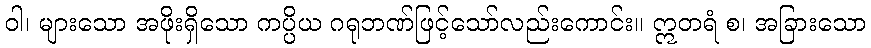
ဝါ၊ များသော အဖိုးရှိသော ကပ္ပိယ ဂရုဘဏ်ဖြင့်သော်လည်းကောင်း။ ဣတရံ စ၊ အခြားသော